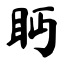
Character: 眄